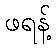
ဖရန့်